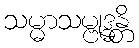
သမ္မာသမ္ဗုဒ္ဓန္တိ